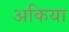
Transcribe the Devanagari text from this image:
अकिया